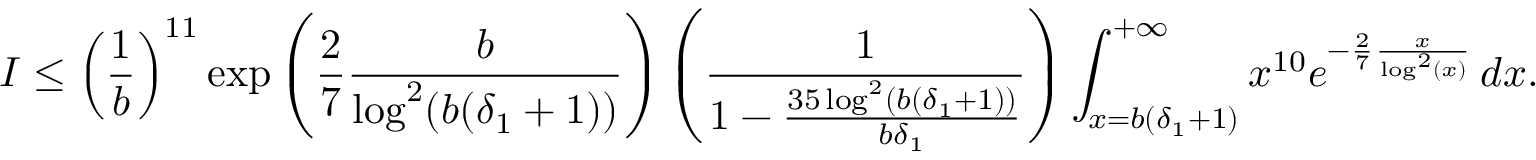
I \leq \left( \frac { 1 } { b } \right) ^ { 1 1 } \exp \left( \frac { 2 } { 7 } \frac { b } { \log ^ { 2 } ( b ( \delta _ { 1 } + 1 ) ) } \right) \left( \frac { 1 } { 1 - \frac { 3 5 \log ^ { 2 } ( b ( \delta _ { 1 } + 1 ) ) } { b \delta _ { 1 } } } \right) \int _ { x = b ( \delta _ { 1 } + 1 ) } ^ { + \infty } x ^ { 1 0 } e ^ { - \frac { 2 } { 7 } \frac { x } { \log ^ { 2 } ( x ) } } \, d x .